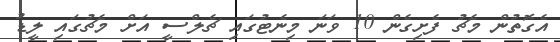
އެގޮތުން މެޗު ފެށިގެން 10 ވަނަ މިނެޓުގައި ޗެލްސީ އަށް މެޗުގައި ލީޑު